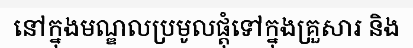
នៅក្នុងមណ្ឌលប្រមូលផ្តុំទៅក្នុងគ្រួសារ និង